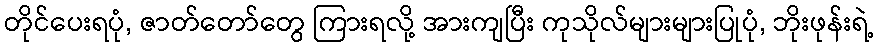
တိုင်ပေးရပုံ, ဇာတ်တော်တွေ ကြားရလို့ အားကျပြီး ကုသိုလ်များများပြုပုံ, ဘိုးဖုန်းရဲ့